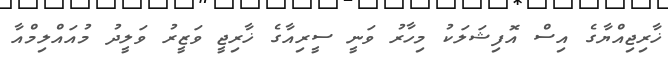
ޚާރިޖިއްޔާގެ އިސް އޮފިޝަލަކު މިހާރު ވަނީ ސީރިއާގެ ޚާރިޖީ ވަޒީރު ވަލީދު މުއައްލިމްއާ